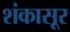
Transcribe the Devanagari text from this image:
शंकासूर